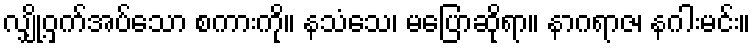
လျှို့ဝှက်အပ်သော စကားကို။ နသံသေ၊ မပြောဆိုရာ။ နာဂရာဇ၊ နဂါးမင်း။